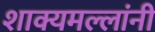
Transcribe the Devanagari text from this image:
शाक्यमल्लांनी